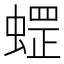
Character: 𱿽